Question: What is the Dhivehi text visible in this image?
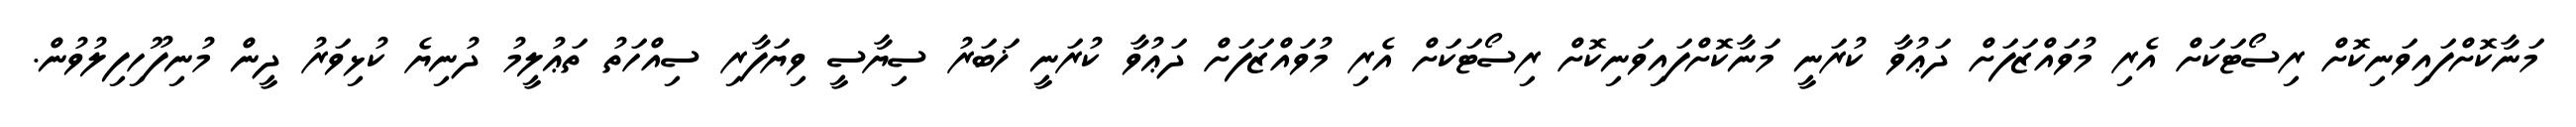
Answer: މަނާކޮށްފައިވަނިކޮށް ރިސޯޓަކަށް އެރި މުވައްޒަފަށް ދަޢުވާ ކުރަނީ މަނާކޮށްފައިވަނިކޮށް ރިސޯޓަކަށް އެރި މުވައްޒަފަށް ދަޢުވާ ކުރަނީ ޚަބަރު ސިޔާސީ ވިޔަފާރި ސިއްހަތު ތަޢުލީމު ދުނިޔެ ކުޅިވަރު ދީން މުނިފޫހިފިލުވުން.